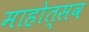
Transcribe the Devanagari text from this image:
माहोत्सव